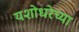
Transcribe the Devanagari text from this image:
यशोधरेच्या